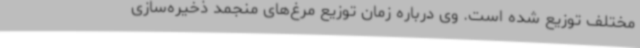
مختلف توزیع شده است. وی درباره زمان توزیع مرغ‌های منجمد ذخیره‌سازی